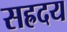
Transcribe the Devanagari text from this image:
सह्रदय